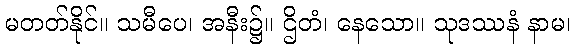
မတတ်နိုင်။ သမီပေ၊ အနီး၌။ ဌိတံ၊ နေသော။ သုဒဿနံ နာမ၊